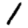
Digit: 1